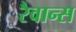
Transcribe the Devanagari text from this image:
रैवान्स